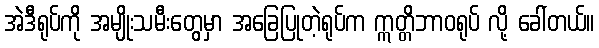
အဲဒီရုပ်ကို အမျိုးသမီးတွေမှာ အခြေပြုတဲ့ရုပ်က ဣတ္တိဘာဝရုပ် လို့ ခေါ်တယ်။